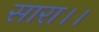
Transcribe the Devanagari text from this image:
सारा।।